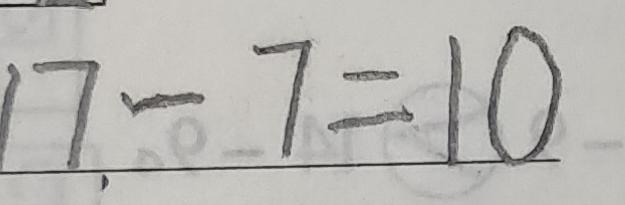
1 7 - 7 = 1 0